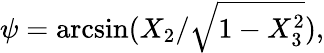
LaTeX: \psi=\arcsin(X_{2}/{\sqrt{1-X_{3}^{2}}}),